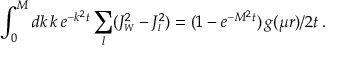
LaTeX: \int _ { 0 } ^ { M } d k \, k \, e ^ { - k ^ { 2 } t } \sum _ { l } ( J _ { \scriptscriptstyle { W } } ^ { 2 } - J _ { \scriptscriptstyle { l } } ^ { 2 } ) = ( 1 - e ^ { - M ^ { 2 } t } ) \, g ( \mu r ) / 2 t \, .